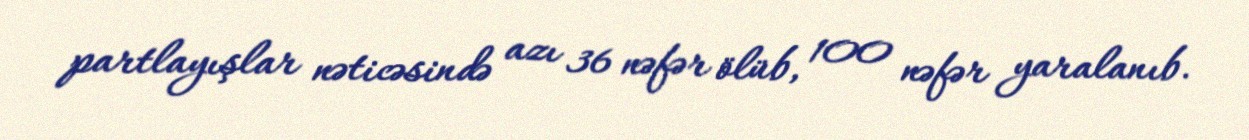
partlayışlar nəticəsində azı 36 nəfər ölüb, 100 nəfər yaralanıb.